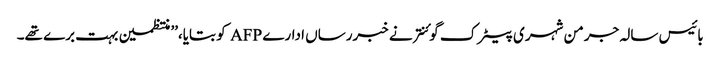
بائیس سالہ جرمن شہری پیٹرک گوئنتر نے خبررساں ادارے AFP کو بتایا،’’ منتظمین بہت برے تھے۔